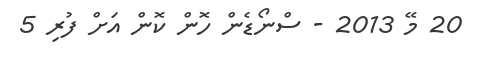
20 މޭ 2013 - ސްނޯޑެން ހޮން ކޮން އަށް ފުރި 5